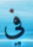
في